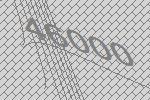
46000